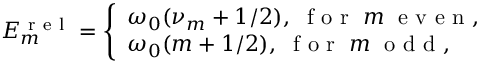
\begin{array} { r } { E _ { m } ^ { \mathrm { ~ r ~ e ~ l ~ } } = \left\{ \begin{array} { l l } { \omega _ { 0 } ( \nu _ { m } + 1 / 2 ) , \; \mathrm { ~ f ~ o ~ r ~ } \; m \; \mathrm { ~ e ~ v ~ e ~ n ~ } , } \\ { \omega _ { 0 } ( m + 1 / 2 ) , \; \mathrm { ~ f ~ o ~ r ~ } \; m \; \mathrm { ~ o ~ d ~ d ~ } , } \end{array} \right. } \end{array}